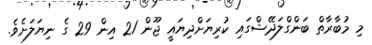
މި މުބާރާތް ބަންގްލަދޭޝްގައި ކުރިޔަށްދިޔައީ ޖޫން 21 އިން 29 ގެ ނިޔަލަށެވެ.